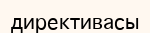
директивасы